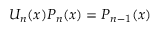
U _ { n } ( x ) P _ { n } ( x ) = P _ { n - 1 } ( x )